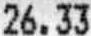
26.33